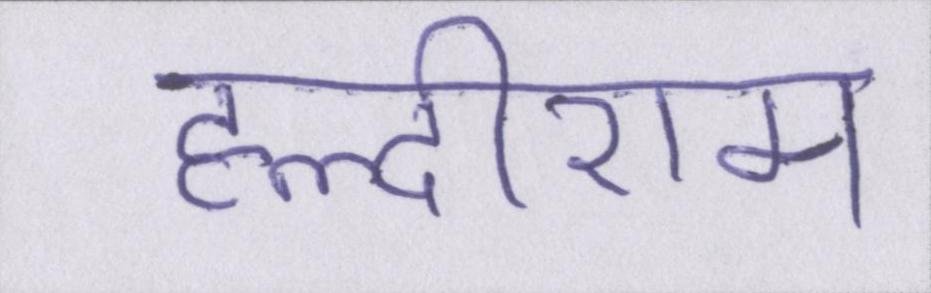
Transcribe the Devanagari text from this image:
हल्दीराम